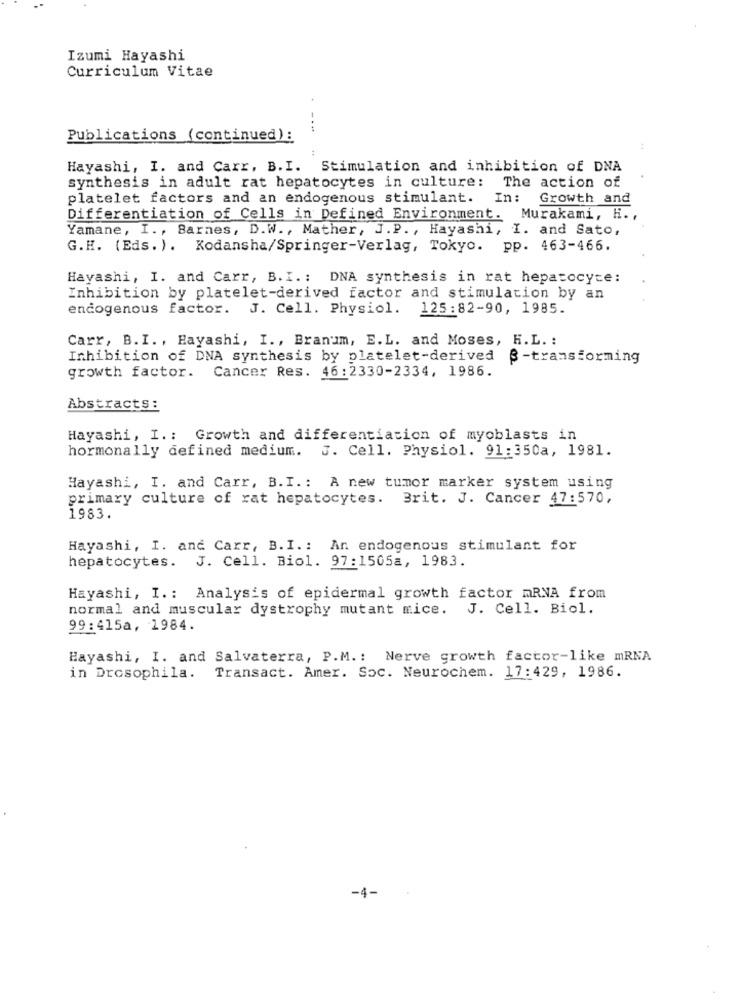
Izumi Hayashi
Curriculum Vitae
Publications (continued):
Hayashi, I. and Carr, B.I. Stimulation and inhibition of DNA
synthesis in adult rat hepatocytes in culture: The action of
platelet factors and an endogenous stimulant. In: Growth and
Differentiation of Cells in Defined Environment. Murakami, H .,
Yamane, I ., Barnes, D.W ., Mather, J.P. , Hayashi, I. and Sato,
G.H. (Eds. ). Kodansha/Springer-Verlag, Tokyo. pp. 463-466.
Hayashi, I. and Carr, B. I. : DNA synthesis in rat hepatocyte:
Inhibition by platelet-derived factor and stimulation by an
endogenous factor. J. Cell. Physiol.
125:82-90, 1985.
Carr, B.I. , Hayashi, I ., Branum, E.L. and Moses, H.L. :
Inhibition of DNA synthesis by platelet-derived
$-transforming
growth factor. Cancer Res. 46:2330-2334, 1986.
Abstracts:
Hayashi, I .: Growth and differentiation of myoblasts in
hormonally defined medium. J. Cell. Physiol. 91:350a, 1981.
Hayashi, I. and Carr, B.I .: A new tumor marker system using
primary culture of rat hepatocytes. Brit. J. Cancer 47:570,
1983.
Hayashi, I. and Carr, B.I .: An endogenous stimulant for
hepatocytes. J. Cell. Biol. 97:1505a, 1983.
Hayashi, I .: Analysis of epidermal growth factor mRNA from
normal and muscular dystrophy mutant mice. J. Cell. Biol.
99:415a, 1984.
Hayashi, I. and Salvaterra, P.M .: Nerve growth factor-like mRNA
Transact. Amer. Soc. Neurochem. 17:429, 1986.
in Drosophila.
-4-